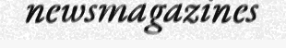
newsmagazines